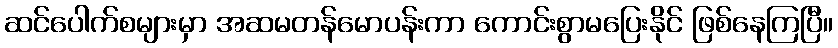
ဆင်ပေါက်စများမှာ အဆမတန်မောပန်းကာ ကောင်းစွာမပြေးနိုင် ဖြစ်နေကြပြီ။